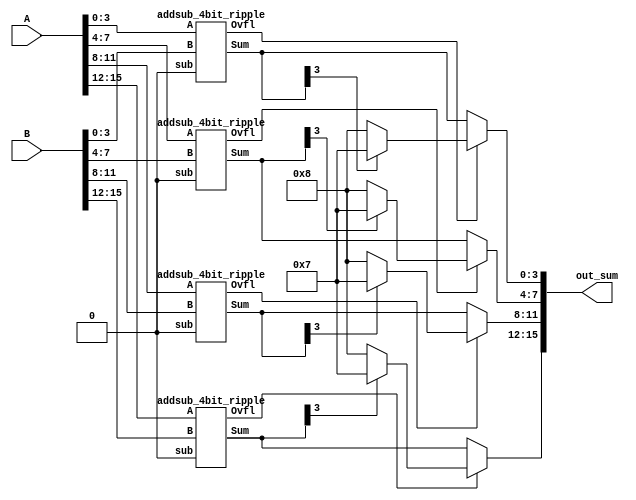
module PADDSB (out_sum, A, B);

input [15:0] A, B; 		// Input
output [15:0] out_sum; 		// Sum
wire [15:0] Sum;

wire [3:0] ov;

addsub_4bit_ripple adder1(.Sum(Sum[3:0]), .Ovfl(ov[0]), .A(A[3:0]), .B(B[3:0]), .sub(1'b0));
addsub_4bit_ripple adder2(.Sum(Sum[7:4]), .Ovfl(ov[1]), .A(A[7:4]), .B(B[7:4]), .sub(1'b0));
addsub_4bit_ripple adder3(.Sum(Sum[11:8]), .Ovfl(ov[2]), .A(A[11:8]), .B(B[11:8]), .sub(1'b0));
addsub_4bit_ripple adder4(.Sum(Sum[15:12]), .Ovfl(ov[3]), .A(A[15:12]), .B(B[15:12]), .sub(1'b0));

assign out_sum[3:0] = ov[0] ? (Sum[3] ? 4'b0111 : 4'b1000) : Sum[3:0];
assign out_sum[7:4] = ov[1] ? (Sum[7] ? 4'b0111 : 4'b1000) : Sum[7:4];
assign out_sum[11:8] = ov[2] ? (Sum[11] ? 4'b0111 : 4'b1000) : Sum[11:8];
assign out_sum[15:12] = ov[3] ? (Sum[15] ? 4'b0111 : 4'b1000) : Sum[15:12];

endmodule



module full_rippleadder_1bit(sum, cout, a, b, cin);
input  a, b; 		
input cin; 		
output sum; 		
output cout; 		

assign sum = a^b^cin;
assign cout = a&b | b&cin | a&cin;
endmodule


module addsub_4bit_ripple (Sum, Ovfl, A, B, sub);

input [3:0] A, B; 	
input sub; 		// add-sub indicator
output [3:0] Sum; 	
output Ovfl; 		//overflow

wire [3:0]B_inv;
wire [3:0]carrybit;
wire both_neg, both_pos;


assign B_inv = sub ? ~B : B;
assign both_neg = A[3] & B_inv[3];
assign both_pos = ~A[3] & ~B_inv[3];

full_rippleadder_1bit FA1(.sum(Sum[0]), .cout(carrybit[0]), .a(A[0]), .b(B_inv[0]), .cin(sub));
full_rippleadder_1bit FA2(.sum(Sum[1]), .cout(carrybit[1]), .a(A[1]), .b(B_inv[1]), .cin(carrybit[0]));
full_rippleadder_1bit FA3(.sum(Sum[2]), .cout(carrybit[2]), .a(A[2]), .b(B_inv[2]), .cin(carrybit[1]));
full_rippleadder_1bit FA4(.sum(Sum[3]), .cout(carrybit[3]), .a(A[3]), .b(B_inv[3]), .cin(carrybit[2]));

assign  Ovfl = both_pos & Sum[3] | both_neg & ~Sum[3];

endmodule